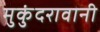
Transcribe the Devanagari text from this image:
मुकुंदरावानी